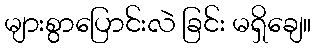
များစွာပြောင်းလဲ ခြင်း မရှိချေ။